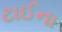
ટાઈના